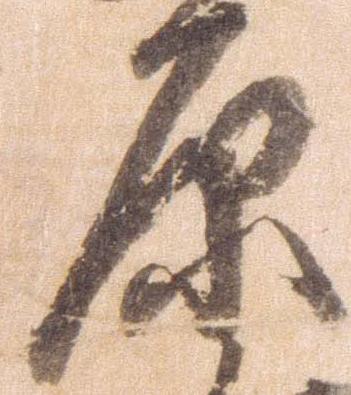
原